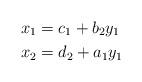
LaTeX: \begin{align*}x_1 & = c_1 + b_2y_1 \\x_2 & = d_2 + a_1y_1\end{align*}